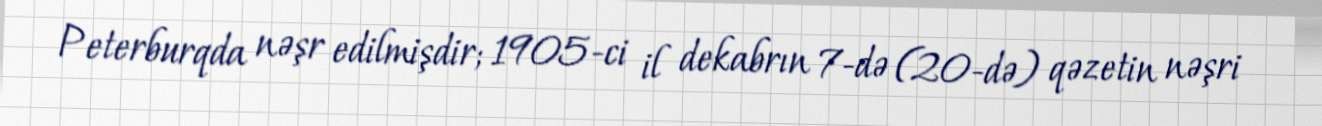
Peterburqda nəşr edilmişdir; 1905-ci il dekabrın 7-də (20-də) qəzetin nəşri